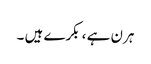
ہرن ہے ، بکرے ہیں ۔